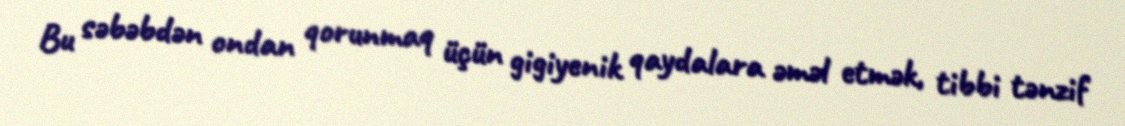
Bu səbəbdən ondan qorunmaq üçün gigiyenik qaydalara əməl etmək, tibbi tənzif